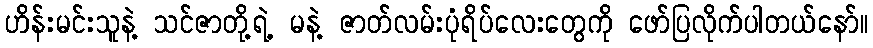
ဟိန်းမင်းသူနဲ့ သင်ဇာတို့ရဲ့ မနဲ့ ဇာတ်လမ်းပုံရိပ်လေးတွေကို ဖော်ပြလိုက်ပါတယ်နော်။